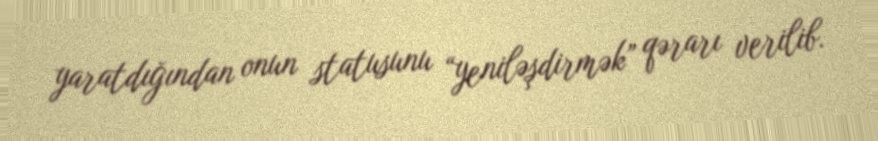
yaratdığından onun statusunu “yeniləşdirmək” qərarı verilib.